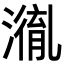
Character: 𭲤